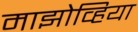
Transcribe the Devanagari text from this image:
माझोव्हिया